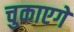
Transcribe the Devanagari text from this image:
चुकाएगें